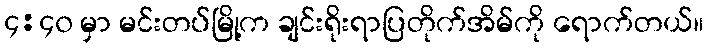
၄:၄၀ မှာ မင်းတပ်မြို့က ချင်းရိုးရာပြတိုက်အိမ်ကို ရောက်တယ်။